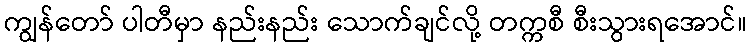
ကျွန်တော် ပါတီမှာ နည်းနည်း သောက်ချင်လို့ တက္ကစီ စီးသွားရအောင်။